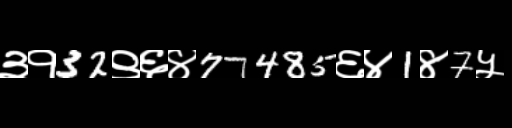
Text: ३१32९६४77485६४1४7५